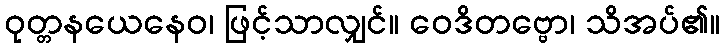
ဝုတ္တနယေနေဝ၊ ဖြင့်သာလျှင်။ ဝေဒိတဗ္ဗော၊ သိအပ်၏။